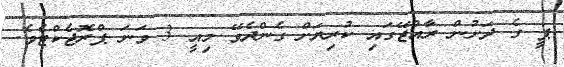
ޕީ ގެ ދަށުން ރާއްޖޭގައި ކުރިޔަށް ގެންދެވޭ މިއީ 3 ވަނަ ޕްރޮޖެކްޓެވެ.